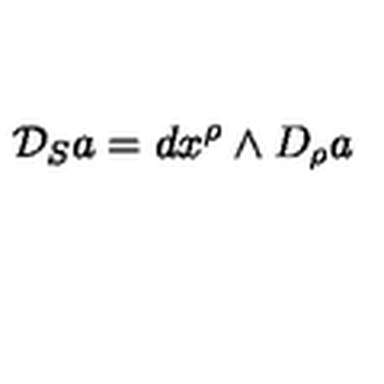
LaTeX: { \cal { D } } _ { S } a = d x ^ { \rho } \wedge D _ { \rho } a